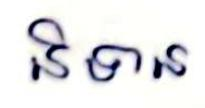
និទាន